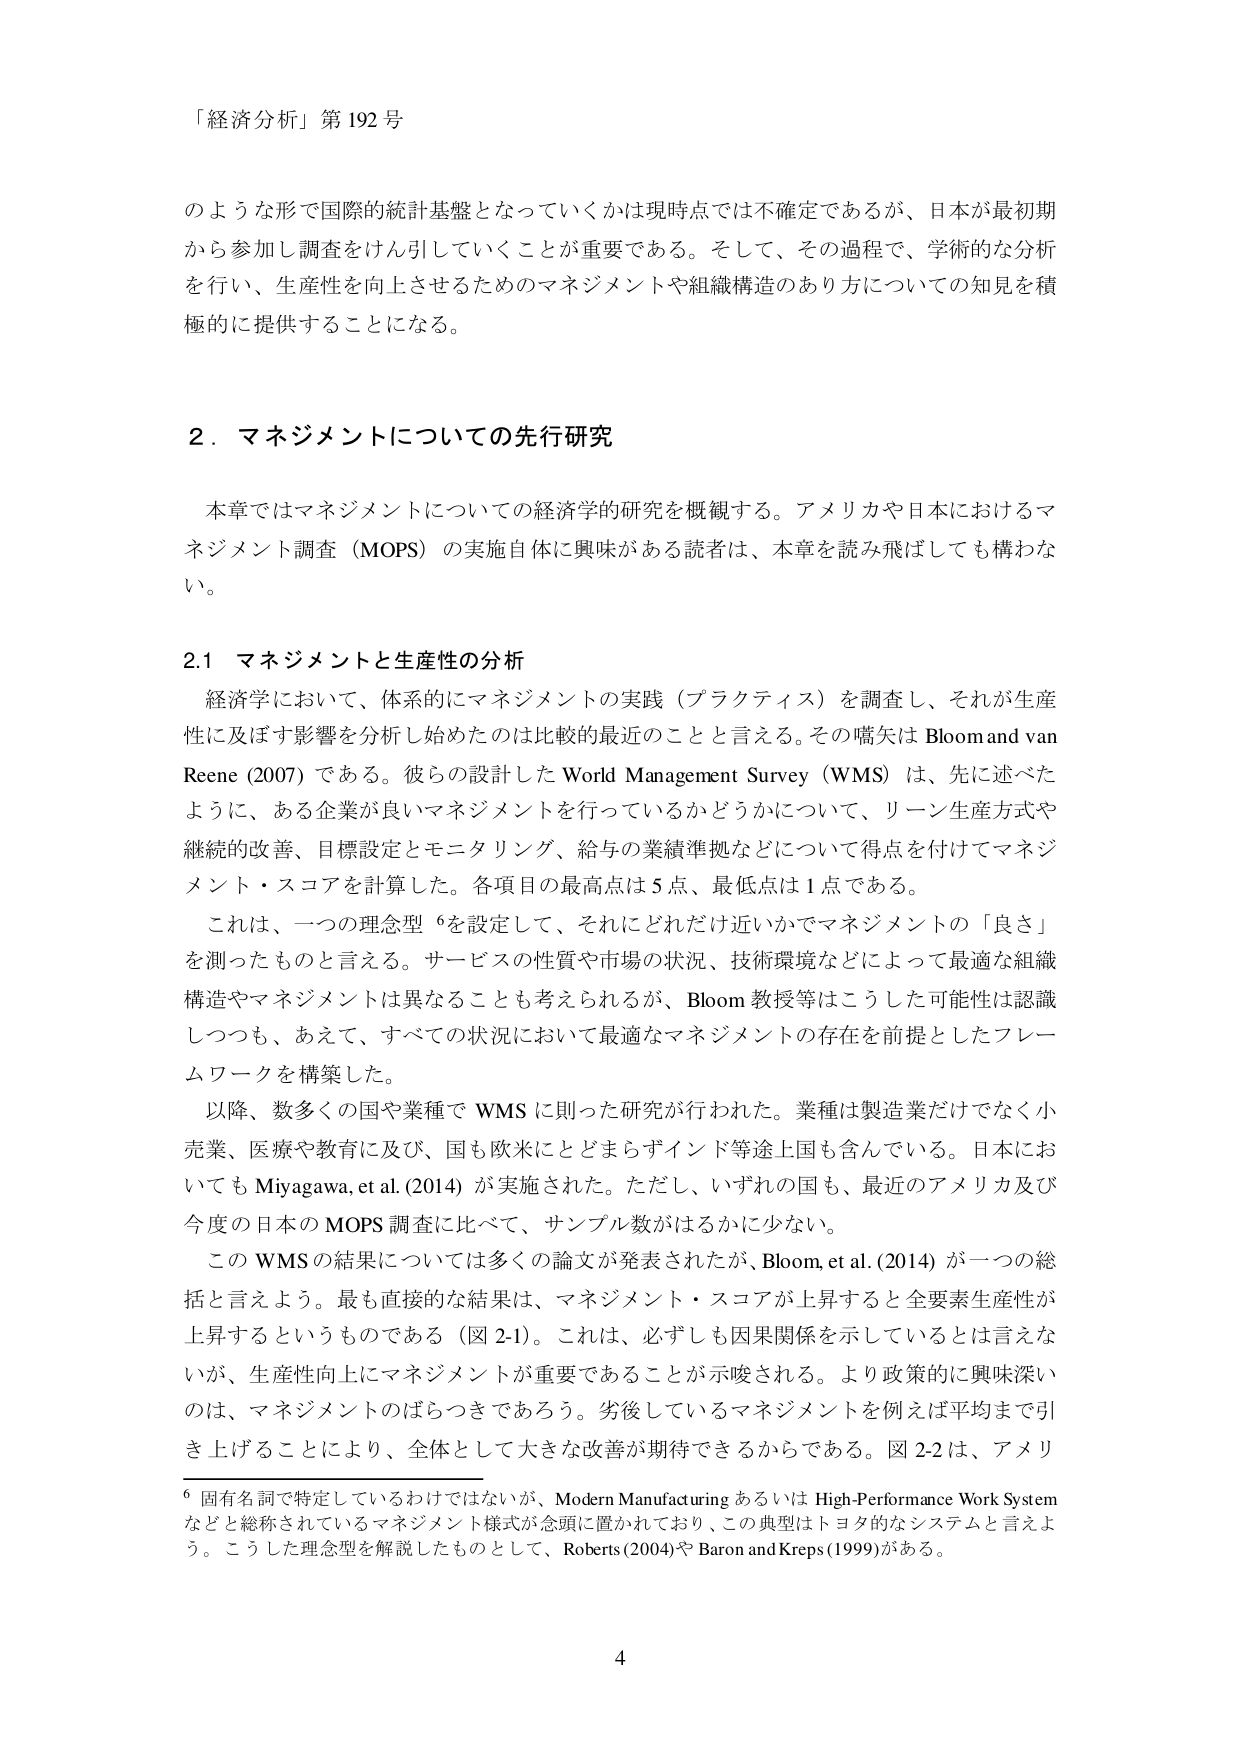
「経済分析」第192号

のような形で国際的統計基盤となっていくかは現時点では不確定であるが、日本が最初期から参加し調査をけん引していくことが重要である。そして、その過程で、学術的な分析を行い、生産性を向上させるためのマネジメントや組織構造のあり方についての知見を積極的に提供することになる。

2．マネジメントについての先行研究

本章ではマネジメントについての経済学的研究を概観する。アメリカや日本におけるマネジメント調査（MOPS）の実施自体に興味がある読者は、本章を読み飛ばしても構わない。

2.1 マネジメントと生産性の分析

経済学において、体系的にマネジメントの実践（プラクティス）を調査し、それが生産性に及ぼす影響を分析し始めたのは比較的最近のことと言える。その嚆矢は Bloom and van Reene (2007) である。彼らの設計した World Management Survey (WMS) は、先に述べたように、ある企業が良いマネジメントを行っているかどうかについて、リーン生産方式や継続的改善、目標設定とモニタリング、給与の業績準拠などについて得点を付けてマネジメント・スコアを計算した。各項目の最高点は5点、最低点は1点である。

これは、一つの理念型 6を設定して、それにどれだけ近いかでマネジメントの「良さ」を測ったものと言える。サービスの性質や市場の状況、技術環境などによって最適な組織構造やマネジメントは異なることも考えられるが、Bloom 教授等はこうした可能性は認識しつつも、あえて、すべての状況において最適なマネジメントの存在を前提としたフレームワークを構築した。

以降、数多くの国や業種で WMS に則った研究が行われた。業種は製造業だけでなく小売業、医療や教育に及び、国も欧米にとどまらずインド等途上国も含んでいる。日本においても Miyagawa, et al. (2014) が実施された。ただし、いずれの国も、最近のアメリカ及び今度の日本の MOPS 調査に比べて、サンプル数がはるかに少ない。

この WMS の結果については多くの論文が発表されたが、Bloom, et al. (2014) が一つの総括と言えよう。最も直接的な結果は、マネジメント・スコアが上昇すると全要素生産性が上昇するというものである（図 2-1）。これは、必ずしも因果関係を示しているとは言えないが、生産性向上にマネジメントが重要であることが示唆される。より政策的に興味深いのは、マネジメントのばらつきであろう。劣後しているマネジメントを例え平均まで引き上げることにより、全体として大きな改善が期待できるからである。図 2-2 は、アメリ

6 固有名詞で特定しているわけではないが、Modern Manufacturing あるいは High-Performance Work System などと総称されているマネジメント様式が念頭に置かれており、この典型はトヨタ的なシステムと言えよう。こうした理念型を解説したものとして、Roberts (2004)や Baron and Kreps (1999)がある。

4